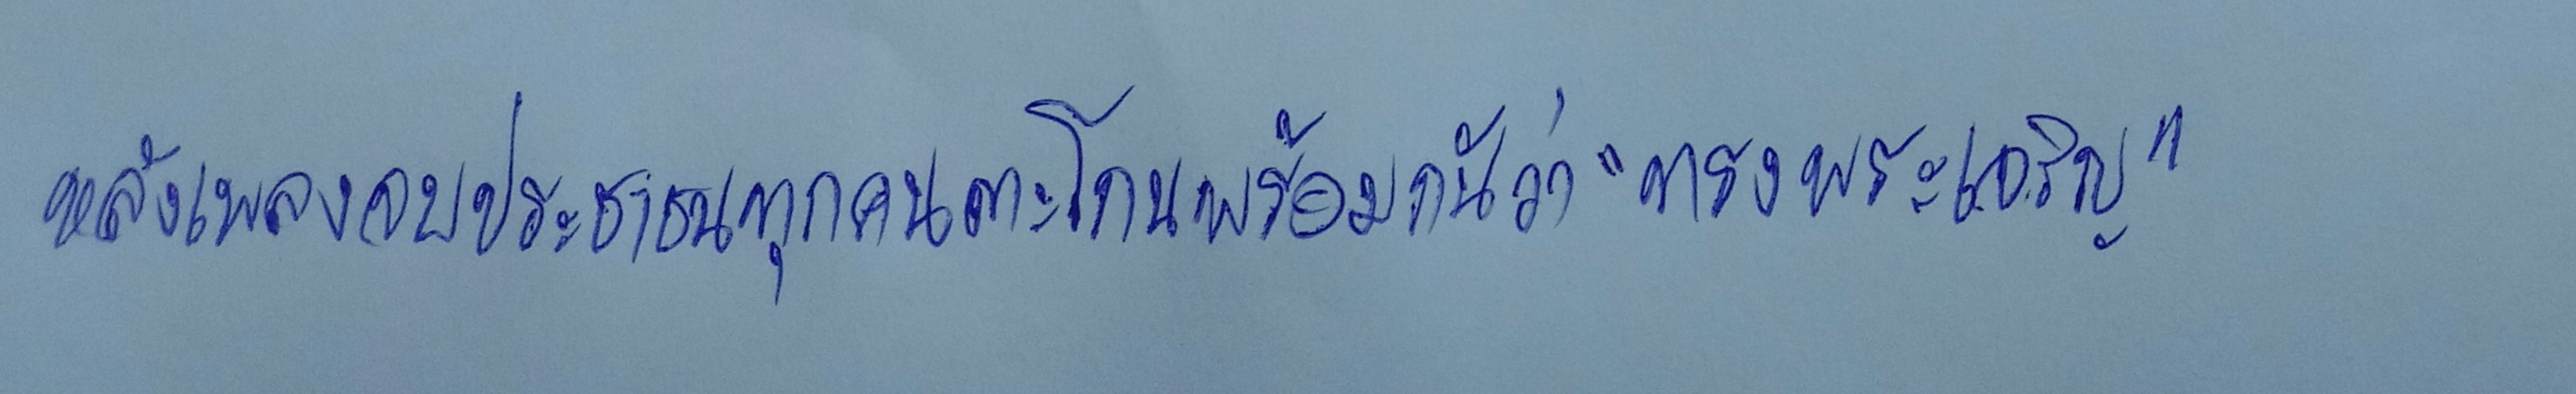
หลังเพลงจบประชาชนทุกคนตะโกนพร้อมกันว่า"ทรงพระเจริญ"